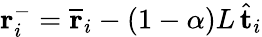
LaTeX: \mathbf{r}_{i}^{-}=\overline{{\mathbf{r}}}_{i}-(1-\alpha)L\, \hat{\mathbf{t}}_{i}